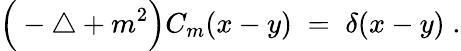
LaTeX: \Big(-\triangle+m^{2}\Big)C_{m}(x-y)\; =\; \delta(x-y)\; .